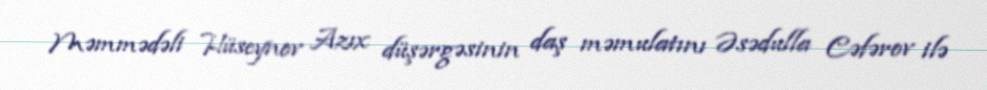
Məmmədəli Hüseynov Azıx düşərgəsinin daş məmulatını Əsədulla Cəfərov ilə